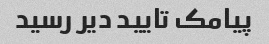
پیامک تایید دیر رسید